Annual report of the Bengal Veterinary College and of the Civil Veterinary Department, Bengal, for the year 1914-1915 - 1914-1915
Year: 1914
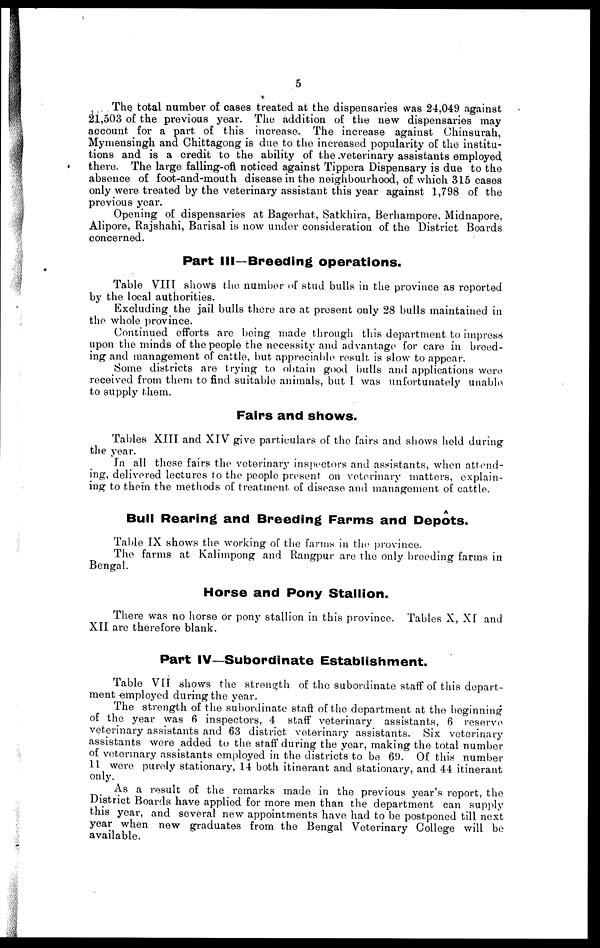
5
The total number of cases treated at the dispensaries was 24,049 against
21,503 of the previous year. The addition of the new dispensaries may
account for a part of this increase. The increase against Chinsurah,
Mymensingh and Chittagong is due to the increased popularity of the institu-
tions and is a credit to the ability of the veterinary assistants employed
there. The large falling-oil noticed against Tippera Dispensary is due to the
absence of foot-and-mouth disease in the neighbourhood, of which 315 cases
only were treated by the veterinary assistant this year against 1,798 of the
previous year.
Opening of dispensaries at Bagerhat, Satkhira, Berhampore, Midnapore,
Alipore, Rajshahi, Barisal is now under consideration of the District Boards
concerned.
Part III—Breeding operations.
Table VIII shows the number of stud bulls in the province as reported
by the local authorities.
Excluding the jail bulls there are at present only 28 bulls maintained in
the whole province.
Continued efforts are being made through this department to impress
upon the minds of the people the necessity and advantage for care in breed-
ing and management of cattle, but appreciable result is slow to appear.
Some districts are trying to obtain good bulls and applications were
received from them to find suitable animals, but I was unfortunately unable
to supply them.
Fairs and shows.
Tables XIII and XIV give particulars of the fairs and shows held during
the year.
In all these fairs the veterinary inspectors and assistants, when attend-
ing, delivered lectures to the people present on veterinary matters, explain-
ing to them the methods of treatment of disease and management of cattle.
A
Bull Rearing and Breeding Farms and Depots.
Table IX shows the working of the farms in the province.
The farms at Kalimpong and Rangpur are the only breeding farms in
Bengal.
Horse and Pony Stallion.
There was no horse or pony stallion in this province. Tables X, XI and
XII are therefore blank.
Part IV—Subordinate Establishment.
Table VII shows the strength of the subordinate staff of this depart-
ment employed during the year.
The strength of the subordinate staff of the department at the beginning
of the year was 6 inspectors, 4 staff veterinary assistants, 6 reserve
veterinary assistants and 63 district veterinary assistants. Six veterinary
assistants were added to the staff during the year, making the total number
of veterinary assistants employed in the districts to be 69. Of this number
11 were purely stationary, 14 both itinerant and stationary, and 44 itinerant
only.
As a result of the remarks made in the previous year's report, the
District Boards have applied for more men than the department can supply
this year, and several new appointments have had to be postponed till next
year when new graduates from the Bengal Veterinary College will be
available.